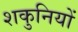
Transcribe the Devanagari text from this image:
शकुनियों